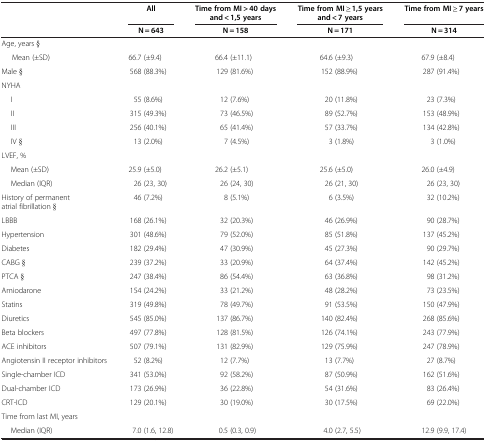
<table><thead><tr><td rowspan="2"><b> </b></td><td><b>All</b></td><td><b>Time from MI &gt; 40 days and &lt; 1,5 years</b></td><td><b>Time from MI ≥ 1,5 years and &lt; 7 years</b></td><td><b>Time from MI ≥ 7 years</b></td></tr><tr><td><b>N = 643</b></td><td><b>N = 158</b></td><td><b>N = 171</b></td><td><b>N = 314</b></td></tr></thead><tbody><tr><td>Age, years §</td><td> </td><td> </td><td> </td><td> </td></tr><tr><td>Mean (±SD)</td><td>66.7 (±9.4)</td><td>66.4 (±11.1)</td><td>64.6 (±9.3)</td><td>67.9 (±8.4)</td></tr><tr><td>Male §</td><td>568 (88.3%)</td><td>129 (81.6%)</td><td>152 (88.9%)</td><td>287 (91.4%)</td></tr><tr><td>NYHA</td><td> </td><td> </td><td> </td><td> </td></tr><tr><td>I</td><td>55 (8.6%)</td><td>12 (7.6%)</td><td>20 (11.8%)</td><td>23 (7.3%)</td></tr><tr><td>II</td><td>315 (49.3%)</td><td>73 (46.5%)</td><td>89 (52.7%)</td><td>153 (48.9%)</td></tr><tr><td>III</td><td>256 (40.1%)</td><td>65 (41.4%)</td><td>57 (33.7%)</td><td>134 (42.8%)</td></tr><tr><td>IV §</td><td>13 (2.0%)</td><td>7 (4.5%)</td><td>3 (1.8%)</td><td>3 (1.0%)</td></tr><tr><td>LVEF, %</td><td> </td><td> </td><td> </td><td> </td></tr><tr><td>Mean (±SD)</td><td>25.9 (±5.0)</td><td>26.2 (±5.1)</td><td>25.6 (±5.0)</td><td>26.0 (±4.9)</td></tr><tr><td>Median (IQR)</td><td>26 (23, 30)</td><td>26 (24, 30)</td><td>26 (21, 30)</td><td>26 (23, 30)</td></tr><tr><td>History of permanent atrial fibrillation §</td><td>46 (7.2%)</td><td>8 (5.1%)</td><td>6 (3.5%)</td><td>32 (10.2%)</td></tr><tr><td>LBBB</td><td>168 (26.1%)</td><td>32 (20.3%)</td><td>46 (26.9%)</td><td>90 (28.7%)</td></tr><tr><td>Hypertension</td><td>301 (48.6%)</td><td>79 (52.0%)</td><td>85 (51.8%)</td><td>137 (45.2%)</td></tr><tr><td>Diabetes</td><td>182 (29.4%)</td><td>47 (30.9%)</td><td>45 (27.3%)</td><td>90 (29.7%)</td></tr><tr><td>CABG §</td><td>239 (37.2%)</td><td>33 (20.9%)</td><td>64 (37.4%)</td><td>142 (45.2%)</td></tr><tr><td>PTCA §</td><td>247 (38.4%)</td><td>86 (54.4%)</td><td>63 (36.8%)</td><td>98 (31.2%)</td></tr><tr><td>Amiodarone</td><td>154 (24.2%)</td><td>33 (21.2%)</td><td>48 (28.2%)</td><td>73 (23.5%)</td></tr><tr><td>Statins</td><td>319 (49.8%)</td><td>78 (49.7%)</td><td>91 (53.5%)</td><td>150 (47.9%)</td></tr><tr><td>Diuretics</td><td>545 (85.0%)</td><td>137 (86.7%)</td><td>140 (82.4%)</td><td>268 (85.6%)</td></tr><tr><td>Beta blockers</td><td>497 (77.8%)</td><td>128 (81.5%)</td><td>126 (74.1%)</td><td>243 (77.9%)</td></tr><tr><td>ACE inhibitors</td><td>507 (79.1%)</td><td>131 (82.9%)</td><td>129 (75.9%)</td><td>247 (78.9%)</td></tr><tr><td>Angiotensin II receptor inhibitors</td><td>52 (8.2%)</td><td>12 (7.7%)</td><td>13 (7.7%)</td><td>27 (8.7%)</td></tr><tr><td>Single-chamber ICD</td><td>341 (53.0%)</td><td>92 (58.2%)</td><td>87 (50.9%)</td><td>162 (51.6%)</td></tr><tr><td>Dual-chamber ICD</td><td>173 (26.9%)</td><td>36 (22.8%)</td><td>54 (31.6%)</td><td>83 (26.4%)</td></tr><tr><td>CRT-ICD</td><td>129 (20.1%)</td><td>30 (19.0%)</td><td>30 (17.5%)</td><td>69 (22.0%)</td></tr><tr><td>Time from last MI, years</td><td> </td><td> </td><td> </td><td> </td></tr><tr><td>Median (IQR)</td><td>7.0 (1.6, 12.8)</td><td>0.5 (0.3, 0.9)</td><td>4.0 (2.7, 5.5)</td><td>12.9 (9.9, 17.4)</td></tr></tbody></table>